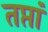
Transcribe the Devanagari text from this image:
तप्तां